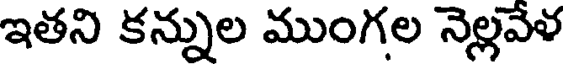
ఇతని కన్నుల ముంగల నెల్లవేళ